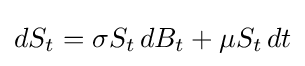
dS_{t}=\sigma S_{t}\,dB_{t}+\mu S_{t}\,dt